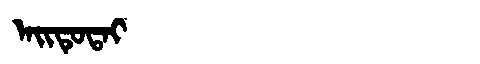
Manchu: ᠠᡳᡨᡠᡨᠠᡳ
Romanization: AITUTAI